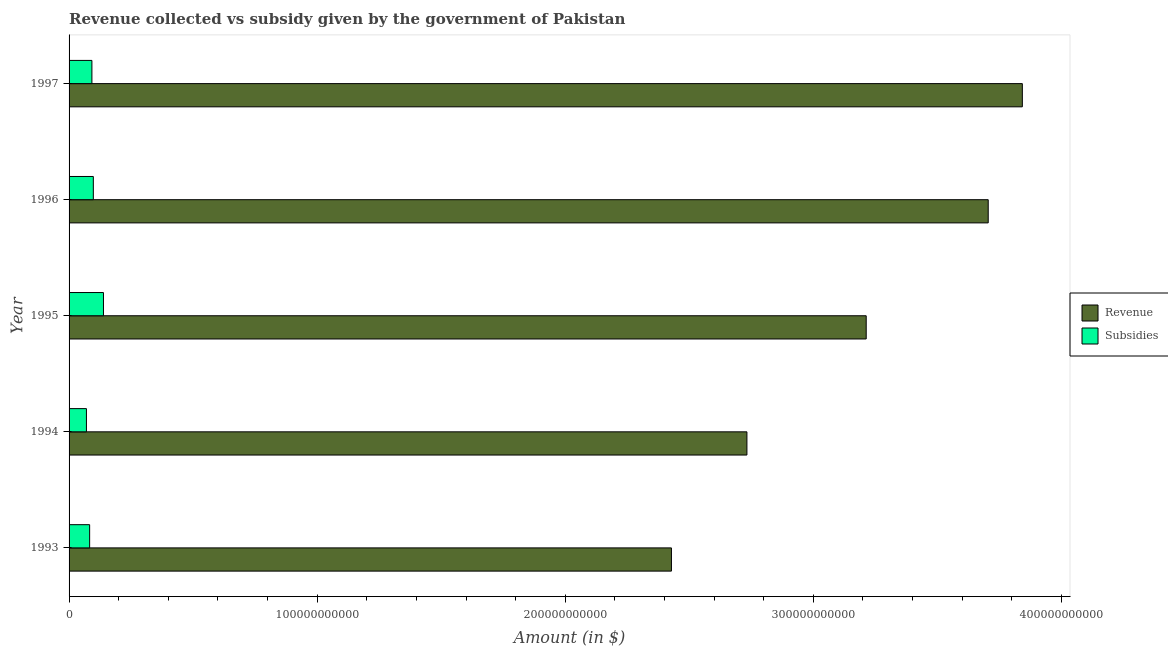
| Year | Revenue | Subsidies |
 | --- | --- | --- |
 | 1993 | 2.43e+11 | 8.29e+09 |
 | 1994 | 2.73e+11 | 7e+09 |
 | 1995 | 3.21e+11 | 1.39e+10 |
 | 1996 | 3.71e+11 | 9.78e+09 |
 | 1997 | 3.84e+11 | 9.21e+09 |